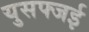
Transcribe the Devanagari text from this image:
युसफ्जई